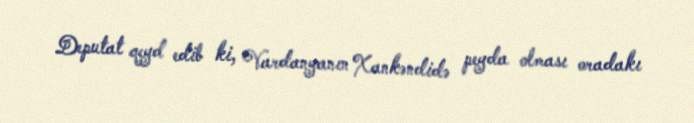
Deputat qeyd edib ki, Vardanyanın Xankəndidə peyda olması oradakı